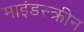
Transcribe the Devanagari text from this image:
माइंडस्क्रीन